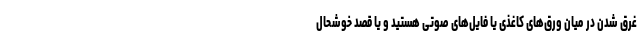
غرق شدن در میان ورق‌های کاغذی یا فایل‌های صوتی هستید و یا قصد خوشحال